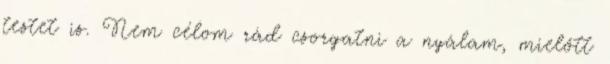
testet is. Nem célom rád csorgatni a nyálam, mielőtt